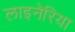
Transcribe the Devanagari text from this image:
लाइनेरिया